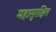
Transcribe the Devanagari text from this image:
महासुरक्षित